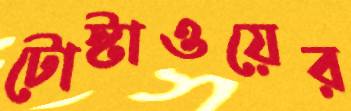
টোস্টাওয়ের